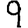
Digit: 9